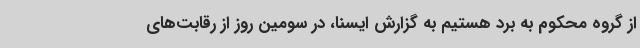
از گروه محکوم به برد هستیم به گزارش ایسنا، در سومین روز از رقابت‌های